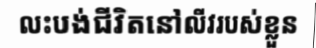
លះបង់ជីវិតនៅលីវរបស់ខ្លួន